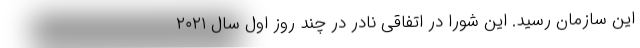
این سازمان رسید. این شورا در اتفاقی نادر در چند روز اول سال ۲۰۲۱